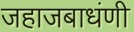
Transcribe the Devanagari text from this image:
जहाजबाधंणी